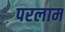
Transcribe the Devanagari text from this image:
परलाम